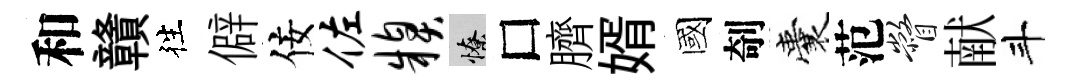
和贛徃僻佞佐糗憭□臍婿國剞囊范瞥献斗